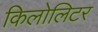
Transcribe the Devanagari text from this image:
किलोलिटर